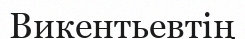
Викентьевтің